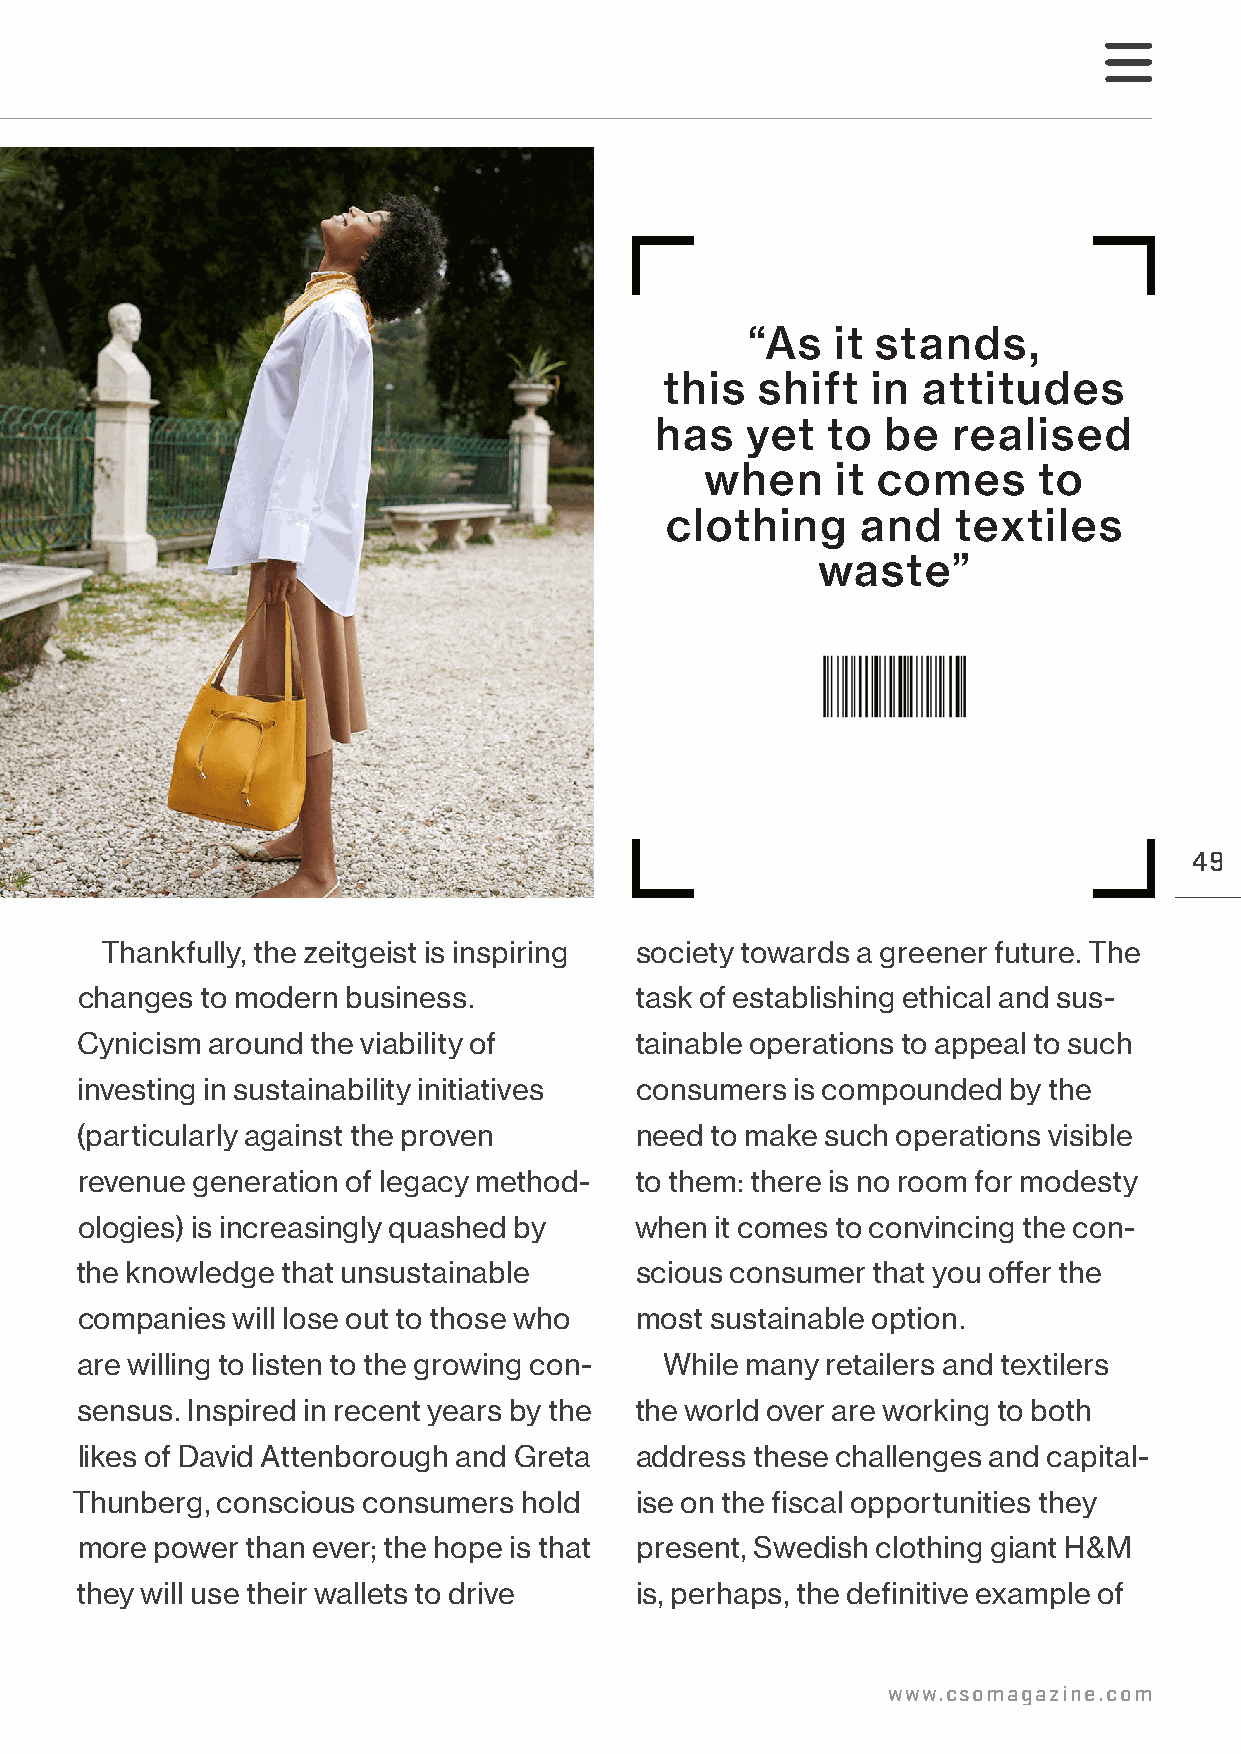
“As  it stands,
 this  shift   in attitudes
 has   yet   to  be  realised
 when    it comes      to
 clothing     and   textiles
 waste”
 49
 Thankfully, the zeitgeist is inspiring society towards a greener future. The
 changes to modern business.          task of establishing ethical and sus-
 Cynicism around the viability of     tainable operations to appeal to such
 investing in sustainability initiatives consumers is compounded by the
 (particularly against the proven     need to make such operations visible
 revenue generation of legacy method- to them: there is no room for modesty
 ologies) is increasingly quashed by  when it comes to convincing the con-
 the knowledge that unsustainable     scious consumer that you offer the
 companies will lose out to those who most sustainable option.
 are willing to listen to the growing con- While many retailers and textilers
 sensus. Inspired in recent years by the the world over are working to both
 likes of David Attenborough and Greta address these challenges and capital-
 Thunberg, conscious consumers hold   ise on the fiscal opportunities they
 more power than ever; the hope is that present, Swedish clothing giant H&M
 they will use their wallets to drive is, perhaps, the definitive example of
 www.csomagazine.com